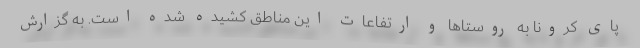
پای کرونا به روستاها و ارتفاعات این مناطق کشیده شده است. به گزارش